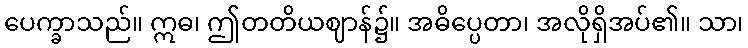
ပေက္ခာသည်။ ဣဓ၊ ဤတတိယဈာန်၌။ အဓိပ္ပေတာ၊ အလိုရှိအပ်၏။ သာ၊